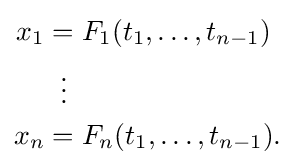
{\begin{aligned}x_{1}&=F_{1}(t_{1},\ldots ,t_{n-1})\\&\;\;\vdots \\x_{n}&=F_{n}(t_{1},\ldots ,t_{n-1}).\end{aligned}}